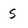
Character: S